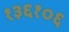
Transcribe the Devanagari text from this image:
१३६१०६